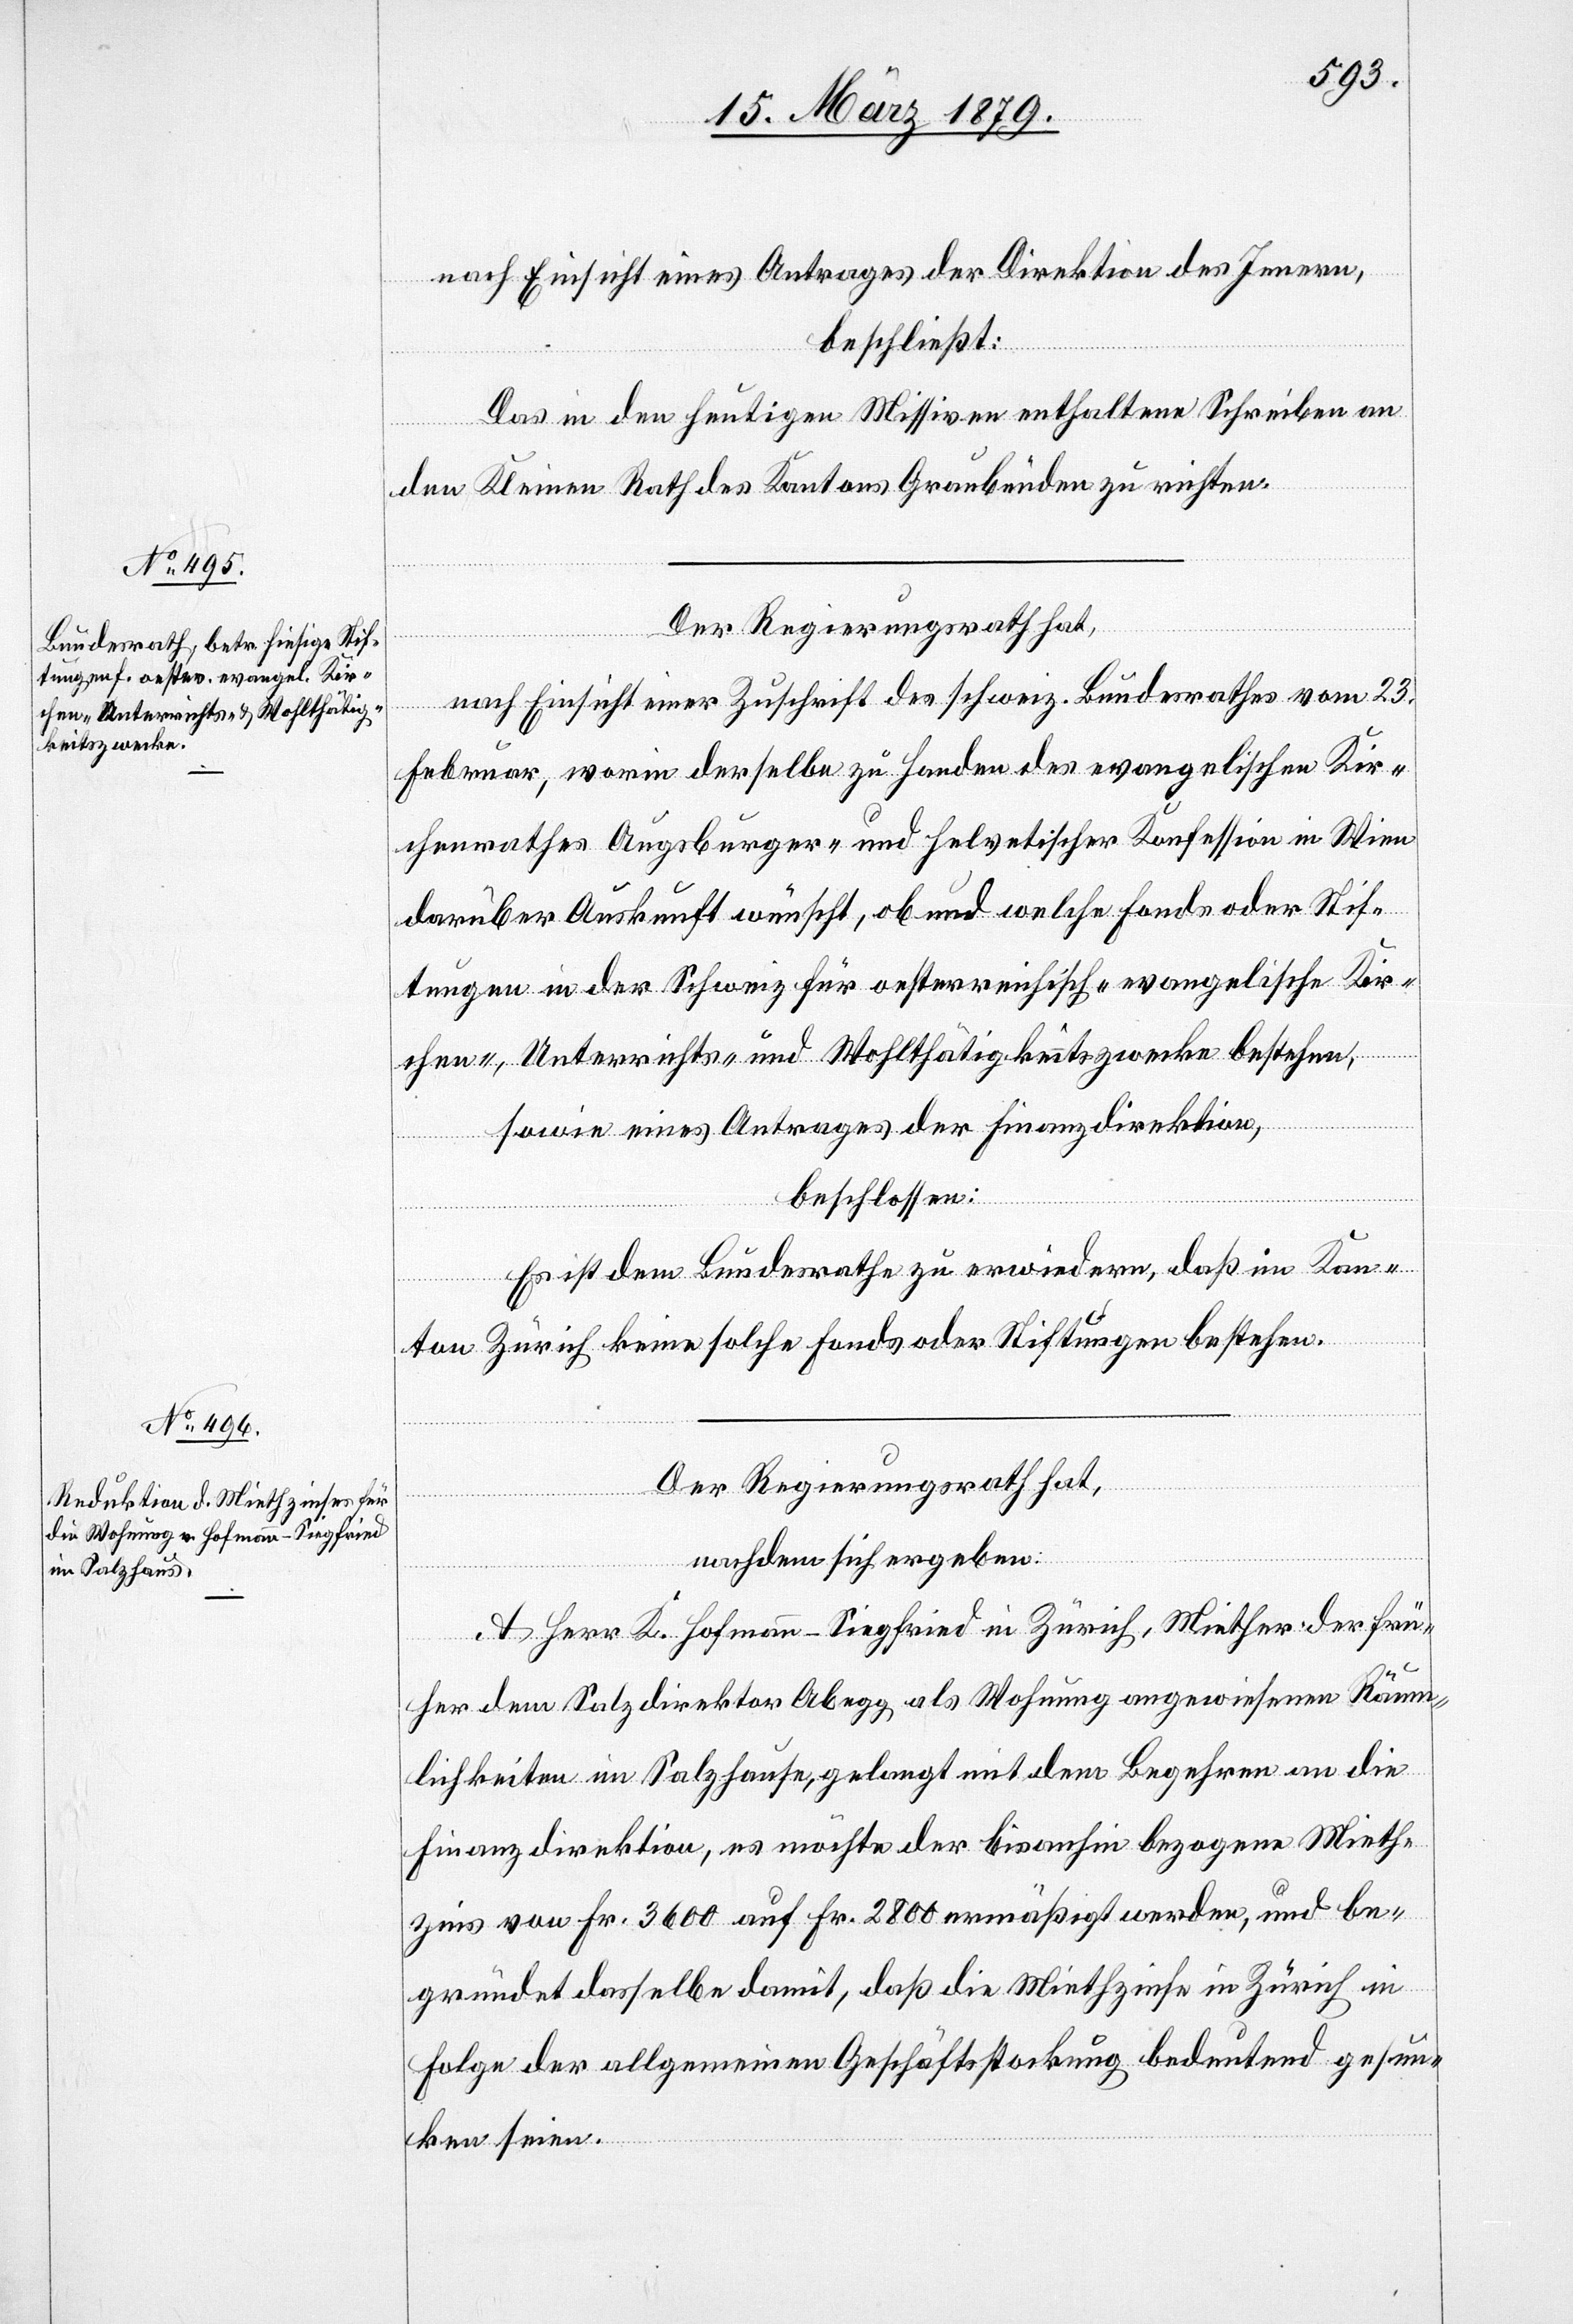
nach Einsicht eines Antrages der Direktion des Innern,
beschließt
Das in den heutigen Missiven enthaltene Schreiben an
den Kleinen Rath des Kantons Graubünden zu richten.
Der Regierungsrath hat,
nach Einsicht einer Zuschrift des schweiz. Bundesrathes vom 23.
Februar, worin derselbe zu Handen des evangelischen Kir¬
chenrathes Augsburger- und helvetischer Konfession [sic!] in Wien
darüber Auskunft wünscht, ob und welche Fonds oder Stif¬
tungen in der Schweiz für oesterreichisch-evangelische Kir¬
chen-, Unterrichts- und Wohthätigkeitszwecke bestehen,
sowie eines Antrages der Finanzdirektion,
beschlossen
Es ist dem Bundesrathe zu erwiedern, daß im Kan¬
ton Zürich keine solche Fonds oder Stiftungen bestehen.
Der Regierungsrath hat,
nachdem sich ergeben:
A. Herr K. Hofmann-Siegfried in Zürich, Miether der frü¬
her dem Salzdirektor Abegg als Wohnung angewiesenen Räum¬
lichkeiten im Salzhause, gelangt mit dem Begehren an die
Finanzdirektion, es möchte der bis anhin bezogene Mieth¬
zins von Fr. 3600 auf Fr. 2800 ermäßigt werden, und be¬
gründet dasselbe damit, daß die Miethzinse in Zürich in
Folge der allgemeinen Geschäftsstockung bedeutend gesun¬
ken seien.